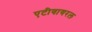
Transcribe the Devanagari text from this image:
एटीवायरल